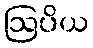
ဩပိယ